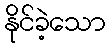
နိုင်ခဲ့သော